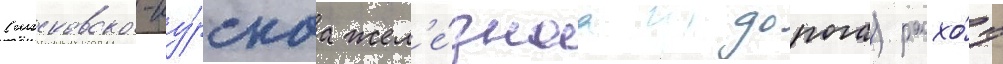
(московско-ку́рскаа жел'е́знаа дорога) расхо́д